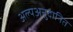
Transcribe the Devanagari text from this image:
अल्पअनुदानित